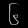
Digit: ၆